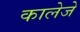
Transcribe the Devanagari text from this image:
कालेजे